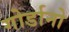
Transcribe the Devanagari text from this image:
गोर्डानो